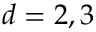
d = 2 , 3